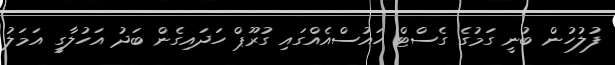
ފުލުހުން ބުނީ ގަމުގެ ގެސްޓް ހައުސްއެއްގައި ގުރޫޕް ހަދައިގެން ބަދު އަހުލާގީ އަމަލު